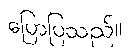
ပြောပြသည်။